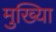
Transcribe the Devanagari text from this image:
मुख्यिा